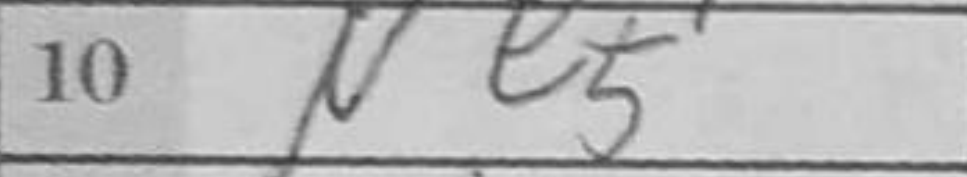
Transcription: Ne5